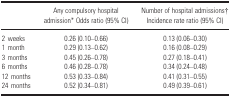
<table><thead><tr><td></td><td><b>Any compulsory hospital admissiona Odds ratio (95% CI)</b></td><td><b>Number of hospital admissionsb Incidence rate ratio (95% CI)</b></td></tr></thead><tbody><tr><td>2 weeks</td><td>0.26 (0.10–0.66)</td><td>0.13 (0.06–0.30)</td></tr><tr><td>1 month</td><td>0.29 (0.13–0.62)</td><td>0.16 (0.08–0.29)</td></tr><tr><td>3 months</td><td>0.45 (0.26–0.78)</td><td>0.27 (0.18–0.41)</td></tr><tr><td>6 months</td><td>0.46 (0.28–0.78)</td><td>0.34 (0.24–0.48)</td></tr><tr><td>12 months</td><td>0.53 (0.33–0.84)</td><td>0.41 (0.31–0.55)</td></tr><tr><td>24 months</td><td>0.52 (0.34–0.81)</td><td>0.49 (0.39–0.61)</td></tr></tbody></table>